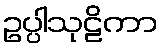
ဥပ္ပါသုဠိကာ